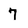
Character: 7